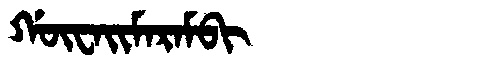
Manchu: ᡤᡡᠸᠠᡳᠮᠠᡵᠠᠮᠪᡳ
Romanization: GŪWAIMARAMBI